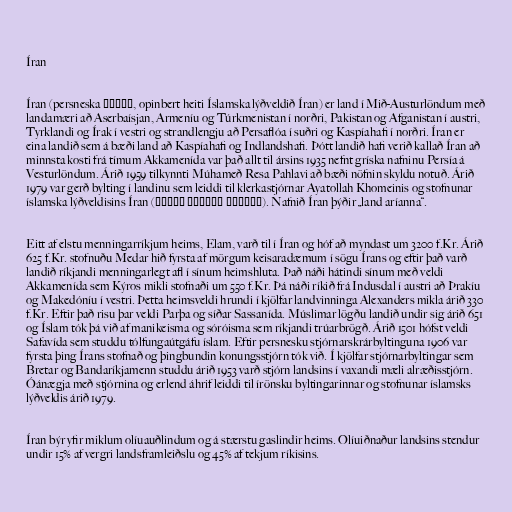
Íran

Íran (persneska ایران, opinbert heiti Íslamska lýðveldið Íran) er land í Mið-Austurlöndum með
landamæri að Aserbaísjan, Armeníu og Túrkmenistan í norðri, Pakistan og Afganistan í austri,
Tyrklandi og Írak í vestri og strandlengju að Persaflóa í suðri og Kaspíahafi í norðri. Íran er
eina landið sem á bæði land að Kaspíahafi og Indlandshafi. Þótt landið hafi verið kallað Íran að
minnsta kosti frá tímum Akkamenída var það allt til ársins 1935 nefnt gríska nafninu Persía á
Vesturlöndum. Árið 1959 tilkynnti Múhameð Resa Pahlavi að bæði nöfnin skyldu notuð. Árið
1979 var gerð bylting í landinu sem leiddi til klerkastjórnar Ayatollah Khomeinis og stofnunar
íslamska lýðveldisins Íran (جمهوری اسلامی ایران). Nafnið Íran þýðir „land aríanna“.

Eitt af elstu menningarríkjum heims, Elam, varð til í Íran og hóf að myndast um 3200 f.Kr. Árið
625 f.Kr. stofnuðu Medar hið fyrsta af mörgum keisaradæmum í sögu Írans og eftir það varð
landið ríkjandi menningarlegt afl í sínum heimshluta. Það náði hátindi sínum með veldi
Akkamenída sem Kýros mikli stofnaði um 550 f.Kr. Þá náði ríkið frá Indusdal í austri að Þrakíu
og Makedóníu í vestri. Þetta heimsveldi hrundi í kjölfar landvinninga Alexanders mikla árið 330
f.Kr. Eftir það risu þar veldi Parþa og síðar Sassanída. Múslimar lögðu landið undir sig árið 651
og Íslam tók þá við af manikeisma og sóróisma sem ríkjandi trúarbrögð. Árið 1501 hófst veldi
Safavída sem studdu tólfungaútgáfu íslam. Eftir persnesku stjórnarskrárbyltinguna 1906 var
fyrsta þing Írans stofnað og þingbundin konungsstjórn tók við. Í kjölfar stjórnarbyltingar sem
Bretar og Bandaríkjamenn studdu árið 1953 varð stjórn landsins í vaxandi mæli alræðisstjórn.
Óánægja með stjórnina og erlend áhrif leiddi til írönsku byltingarinnar og stofnunar íslamsks
lýðveldis árið 1979.

Íran býr yfir miklum olíuauðlindum og á stærstu gaslindir heims. Olíuiðnaður landsins stendur
undir 15% af vergri landsframleiðslu og 45% af tekjum ríkisins.